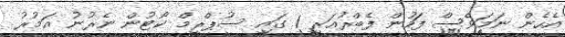
އެހެން ނަމަވެސް ފަހުން ފެބްރުއަރީ 1 ގައި ސުޕްރީމް ކޯޓުން ނެރުނު އަމުރު